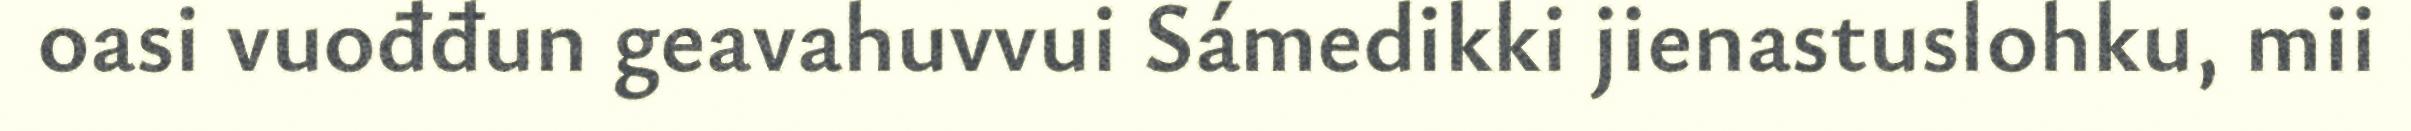
oasi vuođđun geavahuvvui Sámedikki jienastuslohku, mii